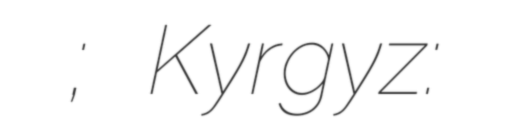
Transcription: Исанович Исанов; Kyrgyz: Насирдин